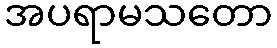
အပရာမသတော